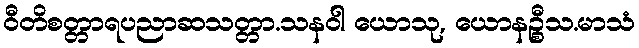
ဝီတိစတ္တာရပညာဆသတ္တာ.သနဝါ ယောသု, ယောနဉ္စီသ.မာသံ